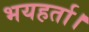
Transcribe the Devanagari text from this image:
भयहर्ता।